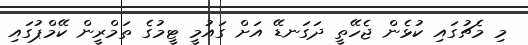
މި މެޗުގައި ކުޅެން ޖެހޭތީ ދަގަނޑޭ އަށް ގައުމީ ޓީމުގެ ތަމްރީން ކޭމްޕުގައި